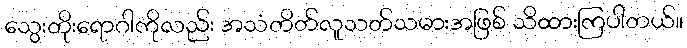
သွေးတိုးရောဂါကိုလည်း အသံတိတ်လူသတ်သမားအဖြစ် သိထားကြပါတယ်။